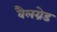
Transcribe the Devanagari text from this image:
बैलग्रेड